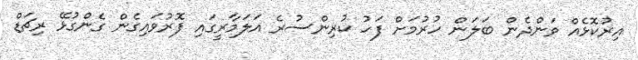
އިރުކޮޅެއް ވަންދެން ބަލަން ހުރުމަށް ފަހު ކުރިންސުރެ އަލަމާރީގައި ފޮރުވައިގެން ގެންގުޅޭ ރިޗަޑް